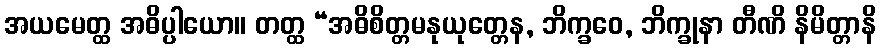
အယမေတ္ထ အဓိပ္ပါယော။ တတ္ထ “အဓိစိတ္တမနုယုတ္တေန, ဘိက္ခဝေ, ဘိက္ခုနာ တီဏိ နိမိတ္တာနိ